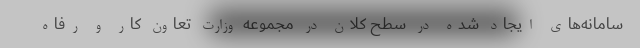
سامانه‌های ایجاد شده در سطح کلان در مجموعه وزارت تعاون کار و رفاه